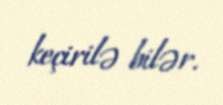
keçirilə bilər.